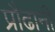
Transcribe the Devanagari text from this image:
प्रौढानी